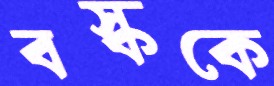
বস্ককে